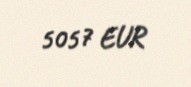
5057 EUR